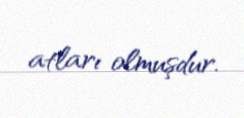
atları olmuşdur.